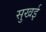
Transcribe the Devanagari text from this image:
सुखई